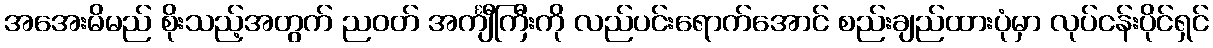
အအေးမိမည် စိုးသည့်အတွက် ညဝတ် အင်္ကျီကြီးကို လည်ပင်းရောက်အောင် စည်းချည်ထားပုံမှာ လုပ်ငန်းပိုင်ရှင်